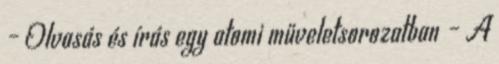
– Olvasás és írás egy atomi műveletsorozatban – A